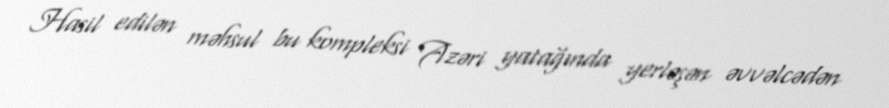
Hasil edilən məhsul bu kompleksi Azəri yatağında yerləşən əvvəlcədən